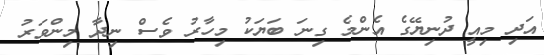
އަދި މިއީ ދުނިޔޭގެ އެންމެ ގިނަ ބަޔަކު މިހާރު ވެސް ނިދާ މިންވަރު